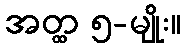
အတ္ထ ၅-မျိုး။